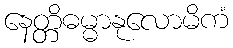
နေတ္တိဓမ္မာနုလောမိကံ